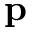
{ \bf p }